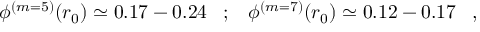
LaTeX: \phi ^ { ( m = 5 ) } ( r _ { 0 } ) \simeq 0 . 1 7 - 0 . 2 4 \; \; \; ; \; \; \; \phi ^ { ( m = 7 ) } ( r _ { 0 } ) \simeq 0 . 1 2 - 0 . 1 7 \; \; \; ,